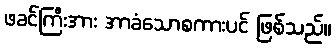
ဖခင်ကြီးအား အာခံသောစကားပင် ဖြစ်သည်။